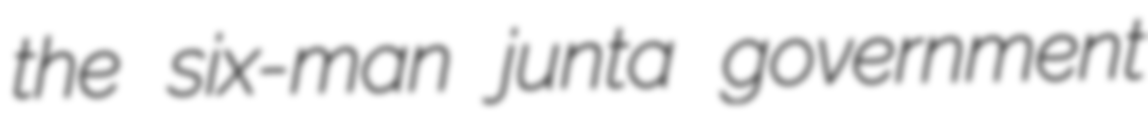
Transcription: the six-man junta government